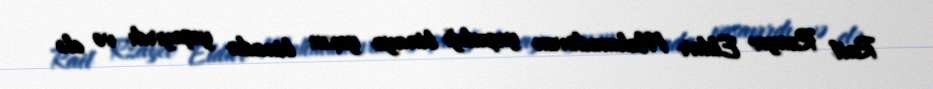
Rail Rzayev Eldar Mahmudovun yaşadığı binaya yaxın binada yaşayırdı və elə